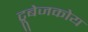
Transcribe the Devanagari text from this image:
ट्रूबेजकोय